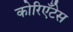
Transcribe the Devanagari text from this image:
कोरिएँटेस